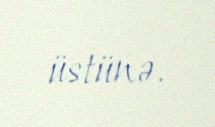
üstünə.